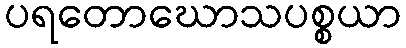
ပရတောဃောသပစ္စယာ